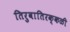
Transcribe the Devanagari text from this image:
तिरुवातिरक्कळी